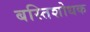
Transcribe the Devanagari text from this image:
बस्तिशोधक